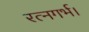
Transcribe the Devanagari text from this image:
रत्नगर्भ।